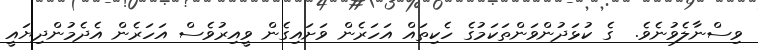
ވިސްނާލެވުނެވެ.  ގެ ކުޅަދުންވަންތަކަމުގެ ހެކިތައް އަހަރެން ވަށައިގެން ވީއިރުވެސް އަހަރެން އެދެމުންދިޔައީ